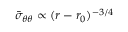
\bar { \sigma } _ { \theta \theta } \propto ( r - r _ { 0 } ) ^ { - 3 / 4 }